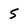
Character: 5